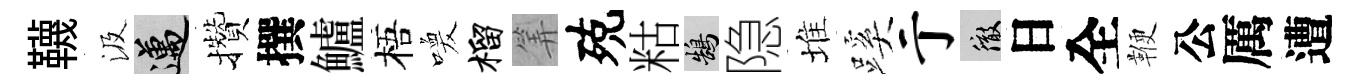
韈汲邁攢撰鱸梧喚榴筭殑䊀鵠隐堆蹊亍徹日全鞭公厲遭